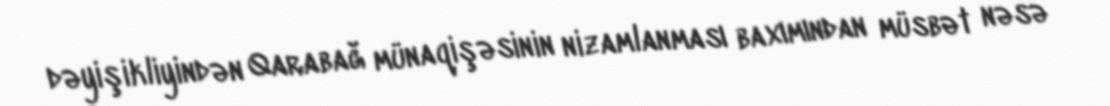
dəyişikliyindən Qarabağ münaqişəsinin nizamlanması baxımından müsbət nəsə